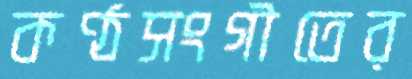
কণ্ঠসংগীতের